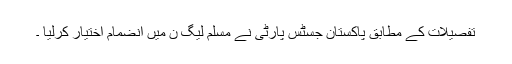
تفصیلات کے مطابق پاکستان جسٹس پارٹی نے مسلم لیگ ن میں انضمام اختیار کرلیا ۔